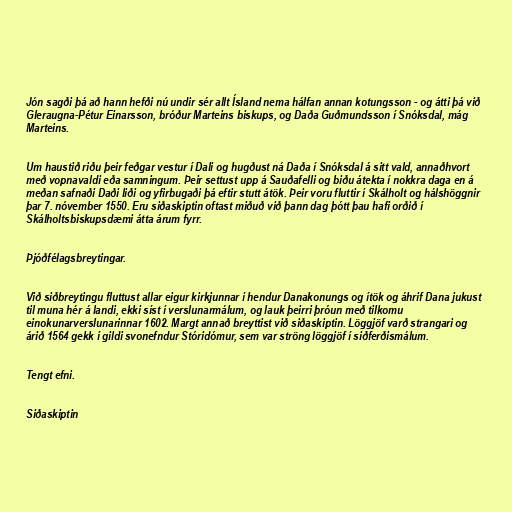
Jón sagði þá að hann hefði nú undir sér allt Ísland nema hálfan annan kotungsson - og átti þá við
Gleraugna-Pétur Einarsson, bróður Marteins biskups, og Daða Guðmundsson í Snóksdal, mág
Marteins.

Um haustið riðu þeir feðgar vestur í Dali og hugðust ná Daða í Snóksdal á sitt vald, annaðhvort
með vopnavaldi eða samningum. Þeir settust upp á Sauðafelli og biðu átekta í nokkra daga en á
meðan safnaði Daði liði og yfirbugaði þá eftir stutt átök. Þeir voru fluttir í Skálholt og hálshöggnir
þar 7. nóvember 1550. Eru siðaskiptin oftast miðuð við þann dag þótt þau hafi orðið í
Skálholtsbiskupsdæmi átta árum fyrr.

Þjóðfélagsbreytingar.

Við siðbreytingu fluttust allar eigur kirkjunnar í hendur Danakonungs og ítök og áhrif Dana jukust
til muna hér á landi, ekki síst í verslunarmálum, og lauk þeirri þróun með tilkomu
einokunarverslunarinnar 1602. Margt annað breyttist við siðaskiptin. Löggjöf varð strangari og
árið 1564 gekk í gildi svonefndur Stóridómur, sem var ströng löggjöf í siðferðismálum.

Tengt efni.

Siðaskiptin